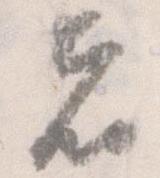
者